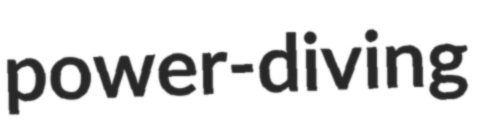
power-diving